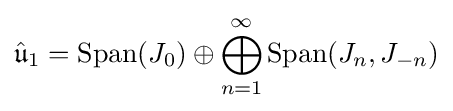
{\hat {\mathfrak {u}}}_{1}={\text{Span}}(J_{0})\oplus \bigoplus _{n=1}^{\infty }{\text{Span}}(J_{n},J_{-n})